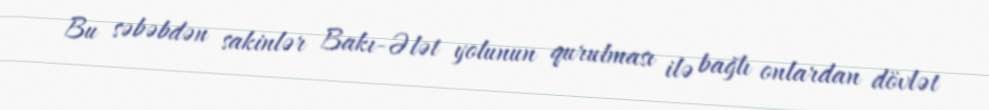
Bu səbəbdən sakinlər Bakı-Ələt yolunun qurulması ilə bağlı onlardan dövlət